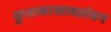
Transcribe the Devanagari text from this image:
कुशकाशावलंबन